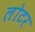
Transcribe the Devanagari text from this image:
लोटर